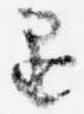
退